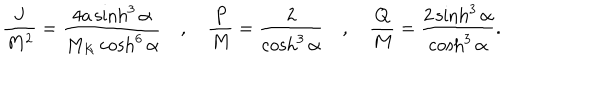
{ \frac { J } { M ^ { 2 } } } = { \frac { 4 a \sinh ^ { 3 } \alpha } { M _ { K } \cosh ^ { 6 } \alpha } } \quad , \quad { \frac { P } { M } } = { \frac { 2 } { \cosh ^ { 3 } \alpha } } \quad , \quad { \frac { Q } { M } } = { \frac { 2 \sinh ^ { 3 } \alpha } { \cosh ^ { 3 } \alpha } } .